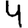
Digit: 4